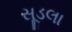
સૂડલા